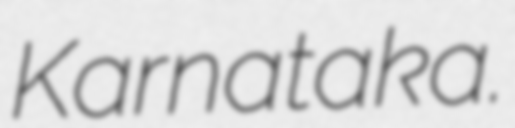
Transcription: Karnataka.